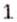
1